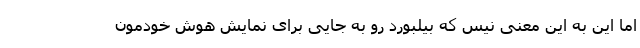
اما این به این معنی نیس که بیلبورد رو به جایی برای نمایش هوش خودمون